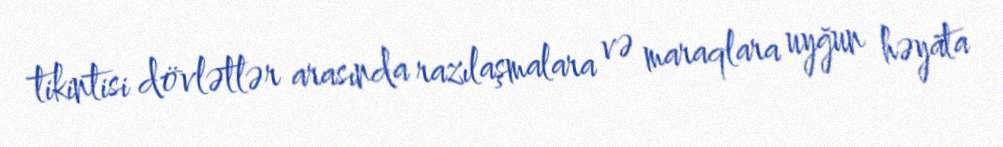
tikintisi dövlətlər arasında razılaşmalara və maraqlara uyğun həyata